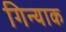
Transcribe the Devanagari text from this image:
गिन्याक